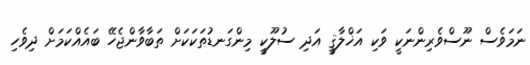
ނަމަވެސް ނޫސްވެރިންނަކީ ވަކި އަޚްލާޤީ އަދި ސުލޫކީ މިންގަނޑުތަކަކަށް ތަބާވާންޖެހޭ ބައެއްކަމަށް ދިވެހި